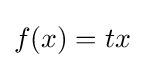
f(x)=tx\;